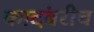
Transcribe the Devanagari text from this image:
कादंबरीचं